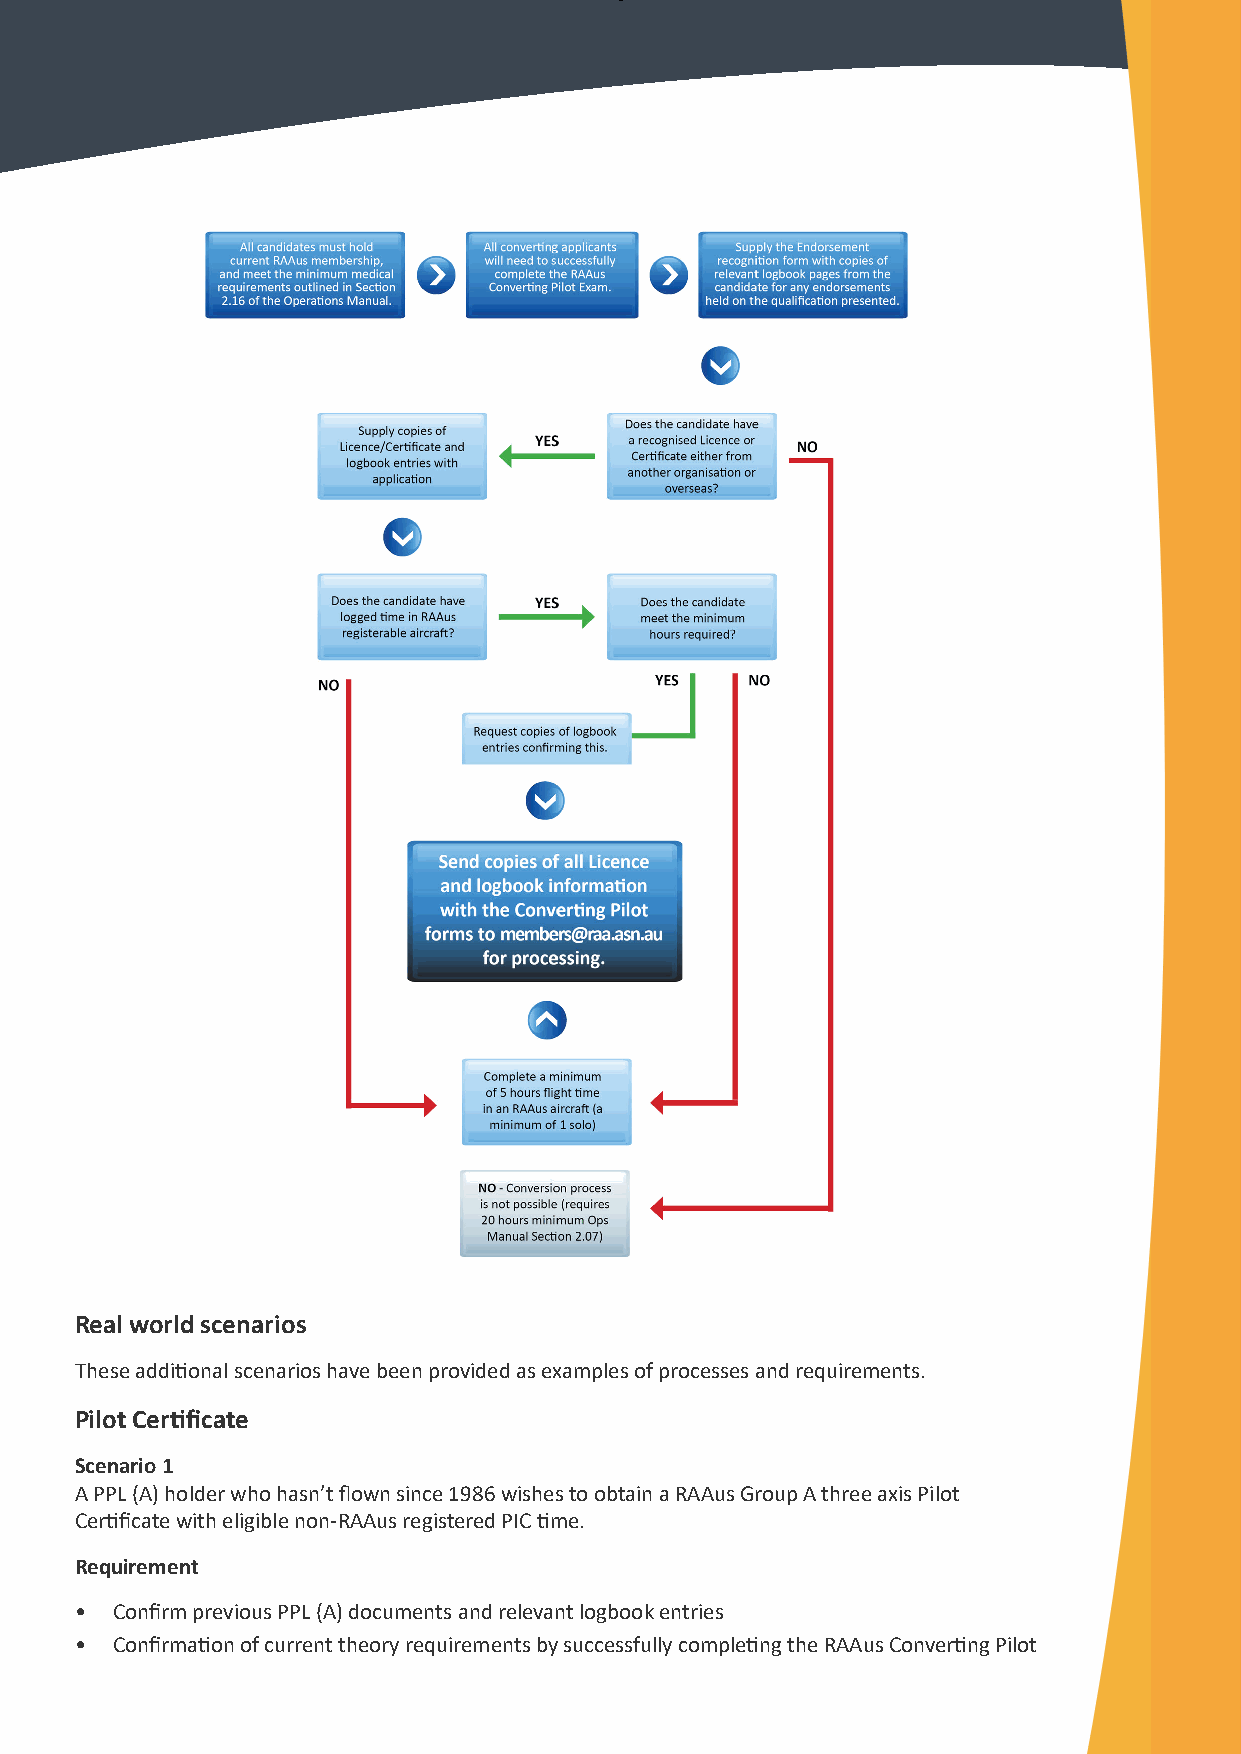
Real world scenarios
 These additional scenarios have been provided as examples of processes and requirements.
 Pilot Certificate
 Scenario 1
 A PPL (A) holder who hasn’t flown since 1986 wishes to obtain a RAAus Group A three axis Pilot
 Certificate with eligible non-RAAus registered PIC time.
 Requirement
 • Confirm previous PPL (A) documents and relevant logbook entries
 • Confirmation of current theory requirements by successfully completing the RAAus Converting Pilot
 3